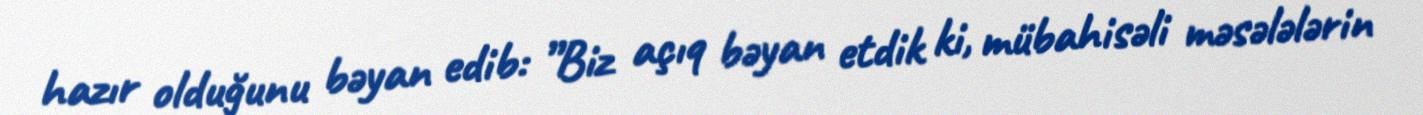
hazır olduğunu bəyan edib: ”Biz açıq bəyan etdik ki, mübahisəli məsələlərin